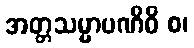
အတ္တသမ္မာပဏိဓိ စ၊